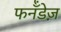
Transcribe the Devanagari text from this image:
फर्नॅंडेज़